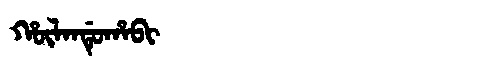
Manchu: ᡥᡡᠯᠠᠨᡩᡠᡥᠠᠪᡳ
Romanization: HŪLANDUHABI